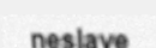
neslave